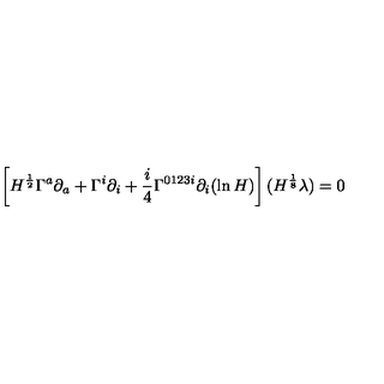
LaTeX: \left[ H ^ { \frac { 1 } { 2 } } \Gamma ^ { a } \partial _ { a } + \Gamma ^ { i } \partial _ { i } + \frac { i } { 4 } \Gamma ^ { 0 1 2 3 i } \partial _ { i } ( \ln H ) \right] ( H ^ { \frac { 1 } { 8 } } \lambda ) = 0